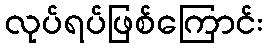
လုပ်ရပ်ဖြစ်ကြောင်း